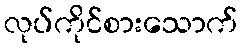
လုပ်ကိုင်စားသောက်